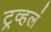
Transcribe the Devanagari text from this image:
ट्रव्हलं